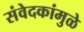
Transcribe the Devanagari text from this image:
संवेदकांमुळे